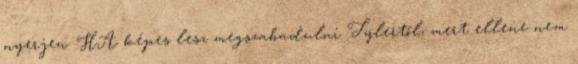
nyerjen. HA képes lesz megszabadulni Tylertől, mert ellene nem